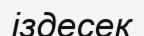
іздесек